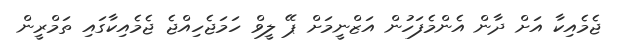
ޖެމެއިކާ އަށް ދާން އެންމެފަހުން އަޒްނީމަށް ޕޭ ލީވް ހަމަޖެހިއްޖެ ޖެމެއިކާގައި ތަމްރީން